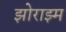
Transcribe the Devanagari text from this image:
झोराझ्म